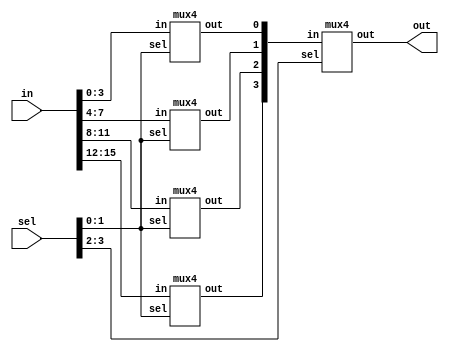
module mux16 (in, sel, out);
    input [15:0]in;
    input [3:0] sel;
    output out;
    wire [3:0]t;
    mux4 M0 (in[3:0],sel[1:0],t[0]);
    mux4 M1 (in[7:4],sel[1:0],t[1]);
    mux4 M2 (in[11:8],sel[1:0],t[2]);
    mux4 M3 (in[15:12],sel[1:0],t[3]);
    mux4 M4 (t[3:0], sel[3:2], out);

endmodule

module mux4(in, sel, out);
    input [3:0] in;
    input [1:0] sel;
    output out;
    wire [1:0]t;
    mux2 M0 (in[1:0],sel[0],t[0]);
    mux2 M1 (in[3:2], sel[0],t[1]);
    mux2 M2 (t[1:0],sel[1],out);
    
endmodule

module mux2(in,sel,out);
    input [1:0] in;
    input sel;
    output out;

    wire v1,v2,v3;
    not G1(v1, sel);
    and G2(v2,v1,in[0]);
    and G3(v3,sel,in[1]);
    or G4(out,v2,v3);
    //assign out=in[sel];
endmodule